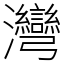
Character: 灣